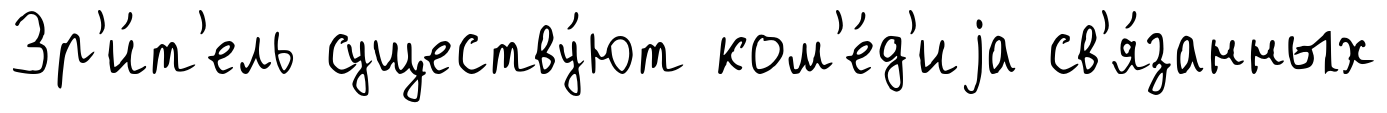
Зр'и́т'ель существу́ют ком'е́д'иjа св'я́занных